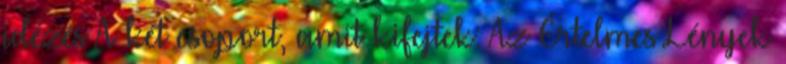
idézés A két csoport, amit kifejtek: Az Értelmes Lények